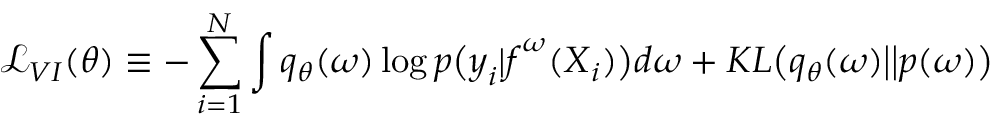
\mathcal { L } _ { V I } ( \theta ) \equiv - \sum _ { i = 1 } ^ { N } \int q _ { \theta } ( \boldsymbol { \omega } ) \log p \big ( \boldsymbol { y } _ { i } | \boldsymbol { f } ^ { \boldsymbol { \omega } } ( \boldsymbol { X } _ { i } ) \big ) d \boldsymbol { \omega } + K L \big ( q _ { \theta } ( \boldsymbol { \omega } ) \big | \big | p ( \boldsymbol { \omega } ) \big )